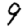
Digit: 9